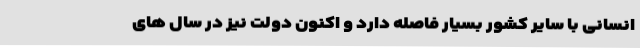
انسانی با سایر کشور بسیار فاصله دارد و اکنون دولت نیز در سال های